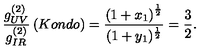
\frac { g _ { U V } ^ { ( 2 ) } } { g _ { I R } ^ { ( 2 ) } } \left( K o n d o \right) = \frac { \left( 1 + x _ { 1 } \right) ^ { \frac { 1 } { 2 } } } { ( 1 + y _ { 1 } ) ^ { \frac { 1 } { 2 } } } = \frac { 3 } { 2 } .